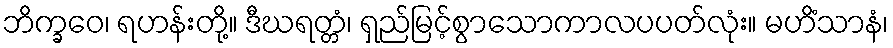
ဘိက္ခဝေ၊ ရဟန်းတို့။ ဒီဃရတ္တံ၊ ရှည်မြင့်စွာသောကာလပပတ်လုံး။ မဟိံသာနံ၊